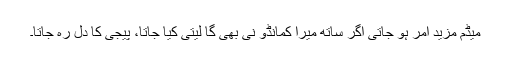
میڈم مزید امر ہو جاتی اگر ساتھ میرا کمانڈو نی بھی گا لیتی کیا جاتا، پیجی کا دل رہ جاتا۔